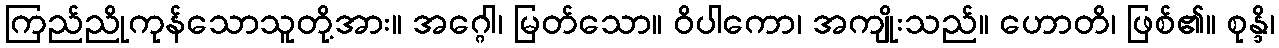
ကြည်ညိုကုန်သောသူတို့အား။ အဂ္ဂေါ၊ မြတ်သော။ ဝိပါကော၊ အကျိုးသည်။ ဟောတိ၊ ဖြစ်၏။ စုန္ဒိ၊